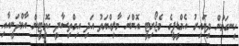
ހިނގަމުން ދިޔައިރު އެމްޑީޕީގެ މެޖޯރިޓީ އޮންނަ މާލިއްޔަތު އަދި އިގްތިސާދީ ކޮމިޓީން އާމްދަނީއާއި